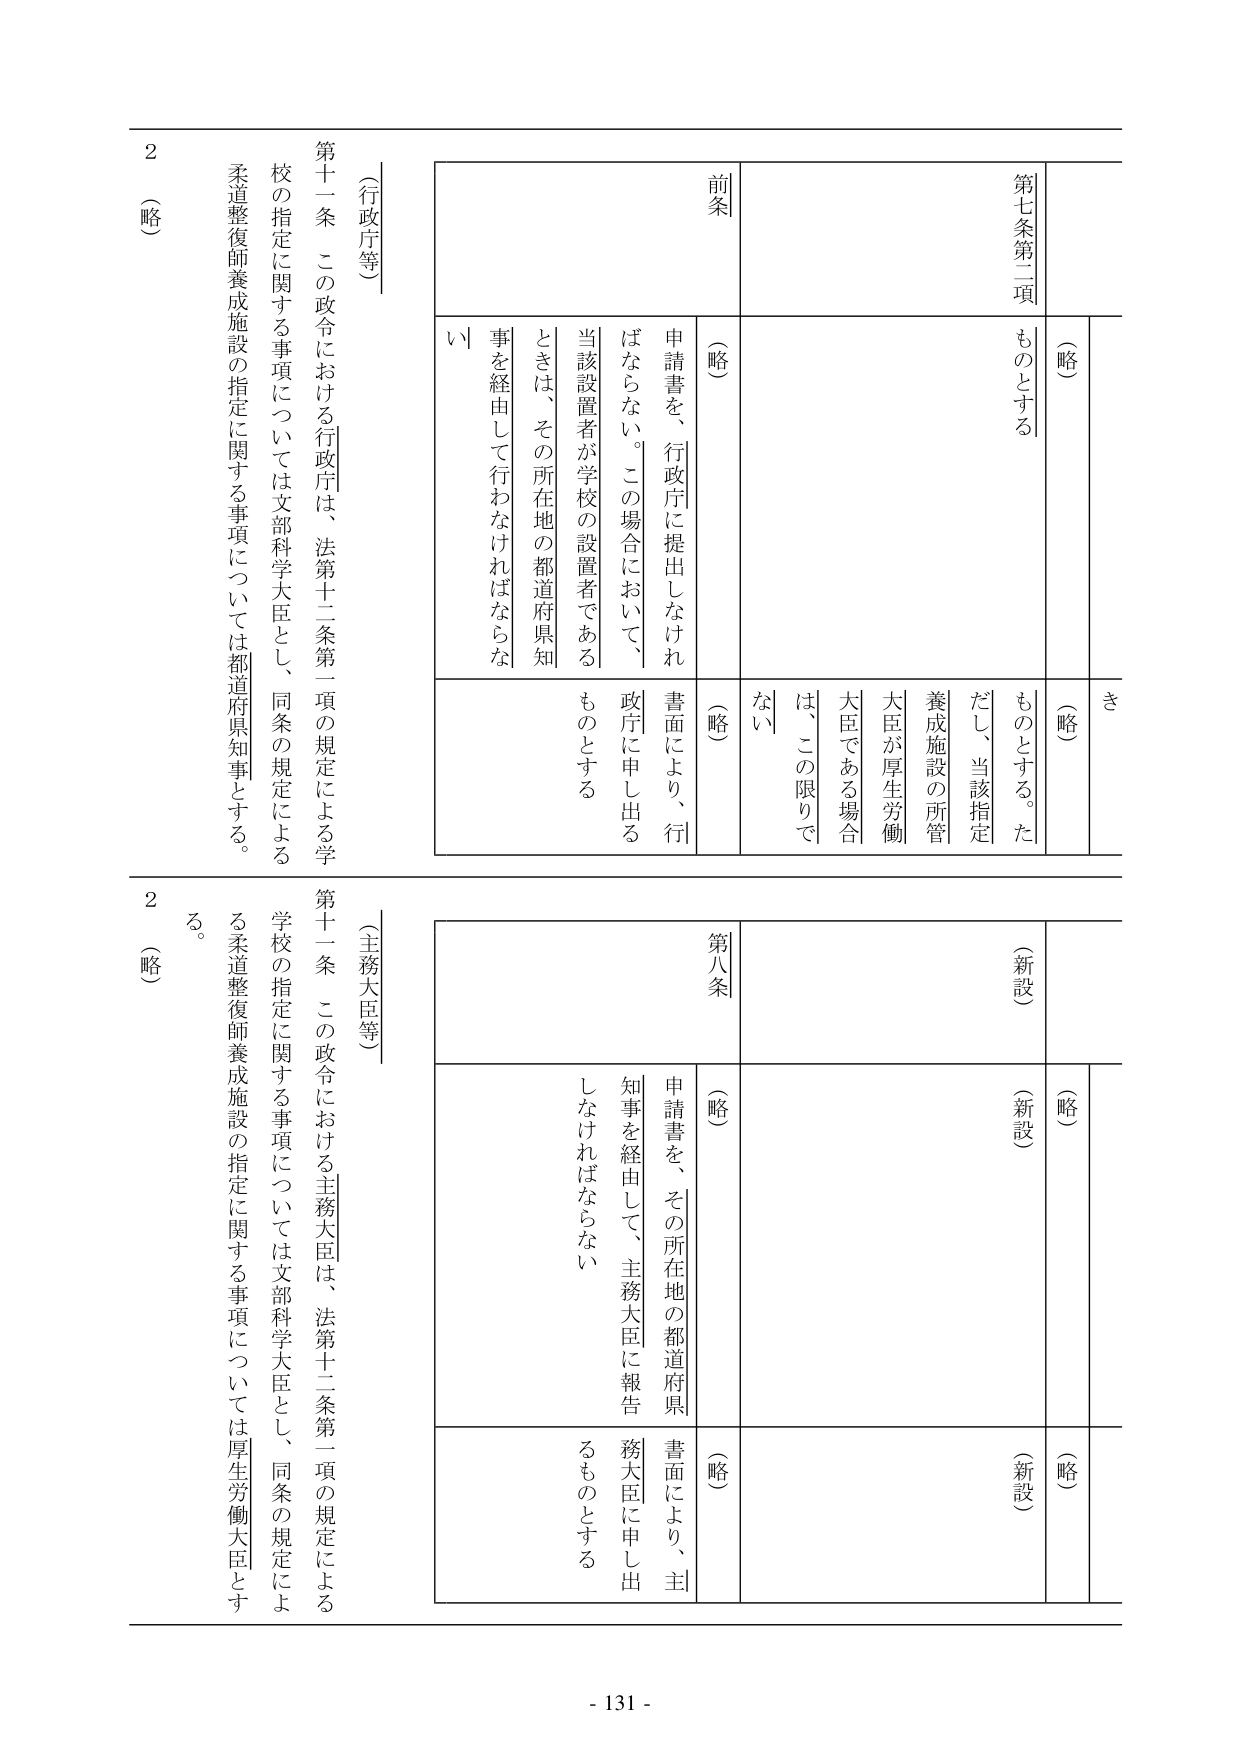
第十二条 この政令における行政庁は、法第十二条第一項の規定による学校の指定に関する事項については文部科学大臣とし、同条の規定による柔道整復師養成施設の指定に関する事項については都道府県知事をする。

（行政庁等）

前条

第七条第二項

（略）

申請書を、行政庁に提出しなければならない。この場合において、当該設置者が学校の設置者であるときは、その所在地の都道府県知事を経由して行わなければならない

（略）

ものとする。

（略）

き

（略）

ものとする。ただし、当該指定養成施設の所管大臣が厚生労働大臣である場合は、この限りでない

（略）

書面により、行政庁に申し出るものとする

第十二条 この政令における主務大臣は、法第十二条第一項の規定による学校の指定に関する事項については文部科学大臣とし、同条の規定による柔道整復師養成施設の指定に関する事項については厚生労働大臣とする。

（主務大臣等）

第八条

（新設）

（略）

申請書を、その所在地の都道府県知事を経由して、主務大臣に報告しなければならない

（略）

（新設）

（略）

書面により、主務大臣に申し出るものとする

（新設）

（略）

- 131 -